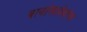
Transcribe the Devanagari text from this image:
बाबांसाहेबांचा